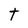
Character: t